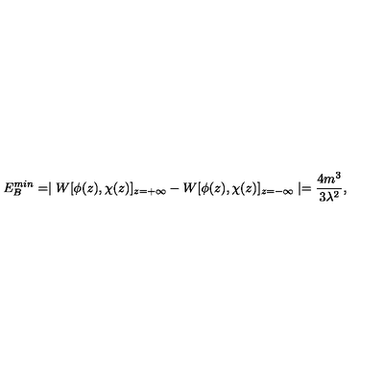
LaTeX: E _ { B } ^ { m i n } = \mid W [ \phi ( z ) , \chi ( z ) ] _ { z = + \infty } - W [ \phi ( z ) , \chi ( z ) ] _ { z = - \infty } \mid = \frac { 4 m ^ { 3 } } { 3 \lambda ^ { 2 } } ,